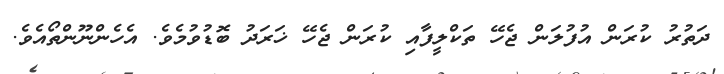
ދަތުރު ކުރަން އުފުލަން ޖެހޭ ތަކްލީފާއި ކުރަން ޖެހޭ ޚަރަދު ބޮޑުވުމެވެ. އެހެންނޫންތޯއެވެ.